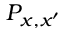
P _ { x , x ^ { \prime } }